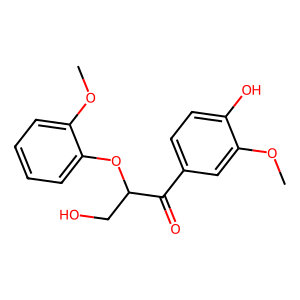
SMILES: COc1cc(C(=O)C(CO)Oc2ccccc2OC)ccc1O
Inhibits HIV replication: No